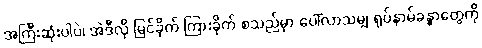
အကြီးဆုံးပါပဲ၊ အဲဒီလို မြင်ခိုက် ကြားခိုက် စသည်မှာ ပေါ်လာသမျှ ရုပ်နာမ်ခန္ဓာတွေကို